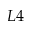
L 4